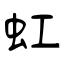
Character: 虹